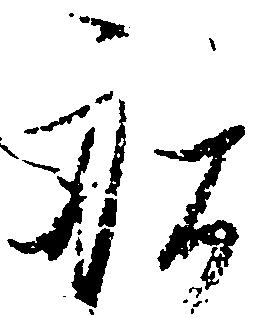
船